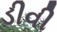
ડીવી